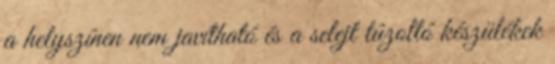
a helyszínen nem javítható és a selejt tûzoltó készülékek